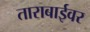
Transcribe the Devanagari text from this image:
ताराबाईवर